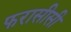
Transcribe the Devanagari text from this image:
फरासीसी